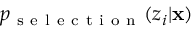
p _ { \mathrm { ~ s ~ e ~ l ~ e ~ c ~ t ~ i ~ o ~ n ~ } } ( z _ { i } | \mathbf { x } )